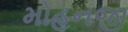
મોહનજી